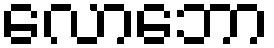
လောဘော